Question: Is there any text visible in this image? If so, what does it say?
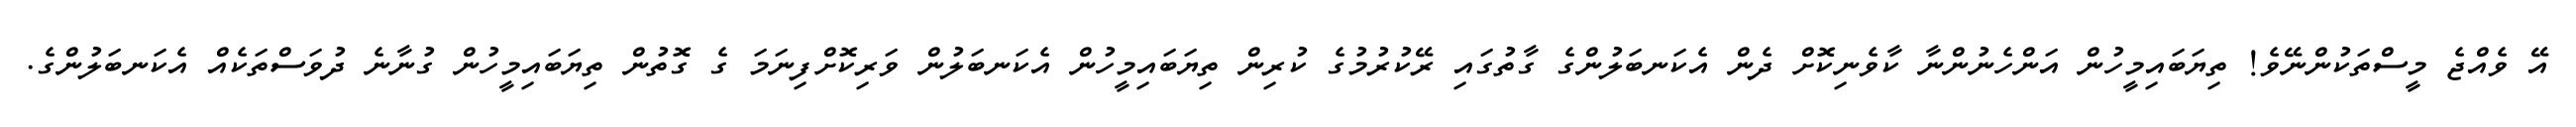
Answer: އޭ ވެއްޖެ މީސްތަކުންނޭވެ! ތިޔަބައިމީހުން އަންހެނުންނާ ކާވެނިކޮށް ދެން އެކަނބަލުންގެ ގާތުގައި ރޭކުރުމުގެ ކުރިން ތިޔަބައިމީހުން އެކަނބަލުން ވަރިކޮށްފިނަމަ ގެ ގޮތުން ތިޔަބައިމީހުން ގުނާނެ ދުވަސްތަކެއް އެކަނބަލުންގެ.